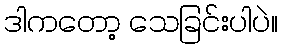
ဒါကတော့ သေခြင်းပါပဲ။